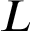
L